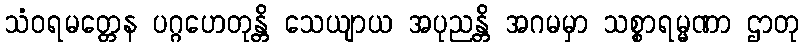
သံဝရမတ္တေန ပဂ္ဂဟေတုန္တိ သေယျာယ အပုညန္တိ အဂမမှာ သစ္စာရမ္မဏာ ဌာတု